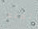
ثمله